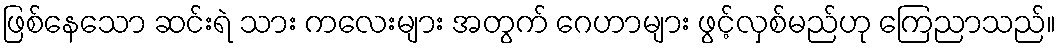
ဖြစ်နေသော ဆင်းရဲ သား ကလေးများ အတွက် ဂေဟာများ ဖွင့်လှစ်မည်ဟု ကြေညာသည်။